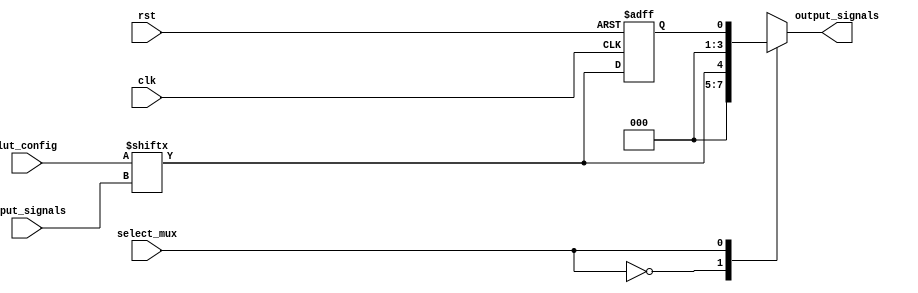
module CLB (
    input wire [3:0] input_signals,     // 4 input signals
    input wire [3:0] lut_config,         // LUT configuration (16 values)
    input wire select_mux,               // Control input for multiplexer
    input wire clk,                       // Clock for flip-flops (if used)
    input wire rst,                       // Reset signal
    output reg [3:0] output_signals      // 4 output signals
);

// Internal signals
wire lut_out;
reg [3:0] lut_inputs;
reg ff_out; // Optional Flip-Flop output

// LUT implementation
assign lut_out = lut_config[{input_signals[3], input_signals[2], input_signals[1], input_signals[0]}];

// MUX implementation to select output based on control signal
always @(*) begin
    case (select_mux)
        1'b0: output_signals = {3'b000, lut_out}; // Output from LUT
        1'b1: output_signals = {3'b000, ff_out};  // Output from Flip-Flop (if used)
        default: output_signals = 4'b0000;
    endcase
end

// Optional Flip-Flop implementation
always @(posedge clk or posedge rst) begin
    if (rst) begin
        ff_out <= 1'b0; // Reset flip-flop
    end else begin
        ff_out <= lut_out; // Store LUT output in flip-flop
    end
end

endmodule